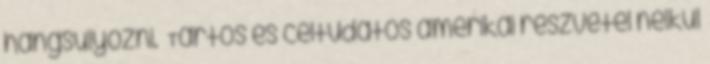
hangsúlyozni. Tartós és céltudatos amerikai részvétel nélkül